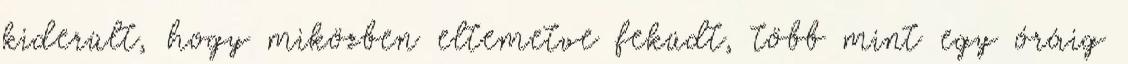
kiderült, hogy miközben eltemetve feküdt, több mint egy óráig